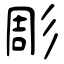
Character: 彫